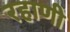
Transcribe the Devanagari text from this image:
रहाणी